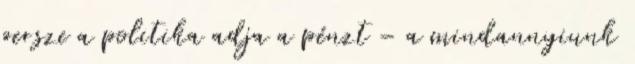
persze a politika adja a pénzt – a mindannyiunk